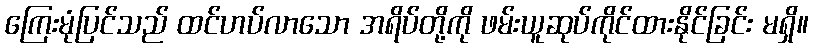
ကြေးမုံပြင်သည် ထင်ဟပ်လာသော အရိပ်တို့ကို ဖမ်းယူဆုပ်ကိုင်ထားနိုင်ခြင်း မရှိ။